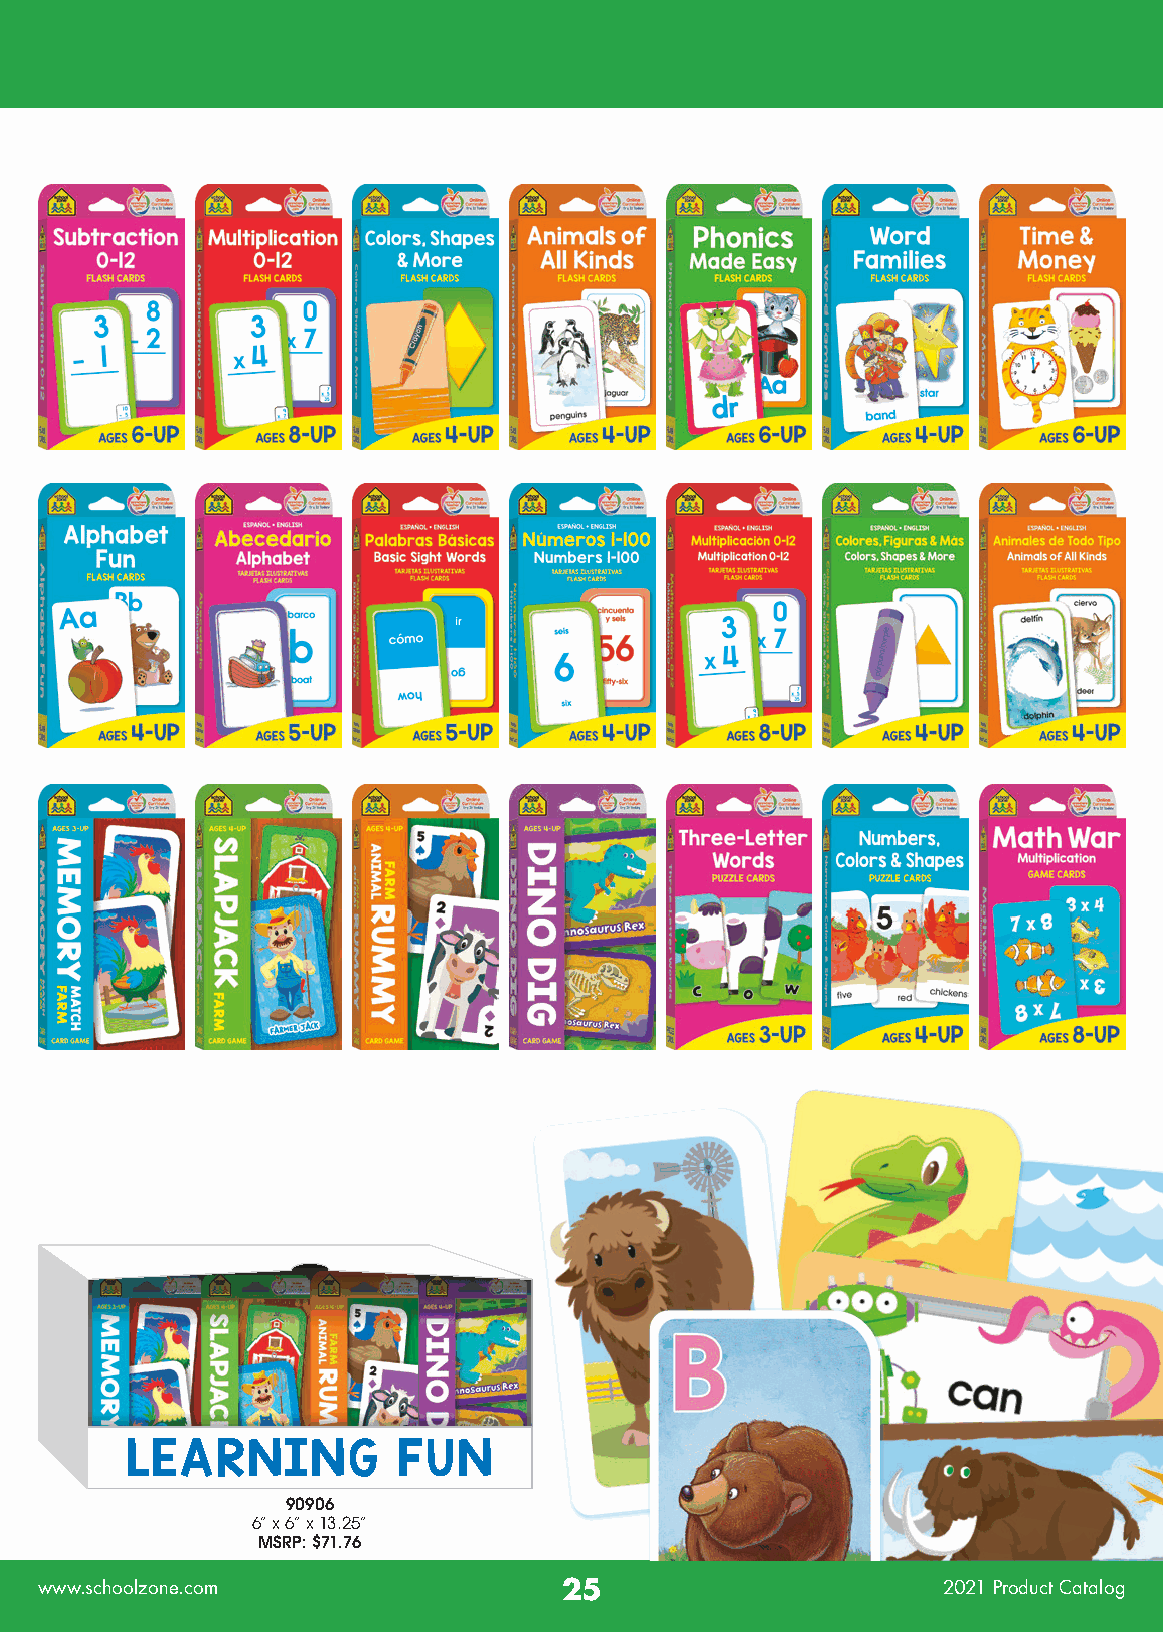
LEARNING          FUN
 90906
 6” x 6” x 13.25”
 MSRP: $71.76
 www.schoolzone.com                 25                       2021 Product Catalog